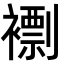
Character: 𧝼